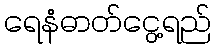
ရေနံဓာတ်ငွေ့ရည်